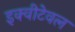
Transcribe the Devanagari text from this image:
इक्वीटेवल